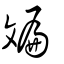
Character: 斒